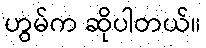
ဟွမ်က ဆိုပါတယ်။